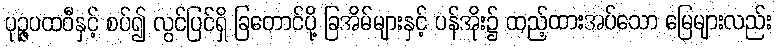
ပုဉ္ဇပထဝီနှင့် စပ်၍ လွင်ပြင်ရှိ ခြတောင်ပို့ ခြအိမ်များနှင့် ပန်အိုး၌ ထည့်ထားအပ်သော မြေများလည်း